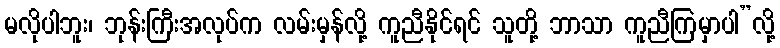
မလိုပါဘူး၊ ဘုန်းကြီးအလုပ်က လမ်းမှန်လို့ ကူညီနိုင်ရင် သူတို့ ဘာသာ ကူညီကြမှာပါ”လို့